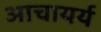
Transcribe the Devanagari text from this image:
आचायर्य